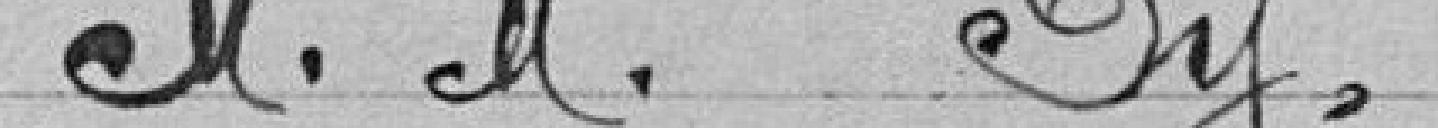
M. Py